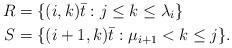
LaTeX: \begin{align*}R &= \{(i,k)\bar{t} : j \le k \le \lambda_{i} \} \\S &= \{(i+1,k)\bar{t} : \mu_{i+1} < k \le j \}.\end{align*}